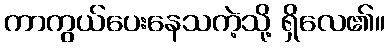
ကာကွယ်ပေးနေသကဲ့သို့ ရှိလေ၏။